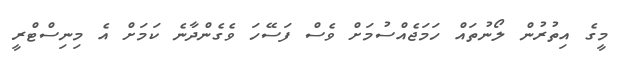
މީގެ އިތުރުން ލޯނުތައް ހަމަޖެއްސުމަށް ވެސް ފަސޭހަ ވެގެންދާނެ ކަމަށް އެ މިނިސްޓްރީ